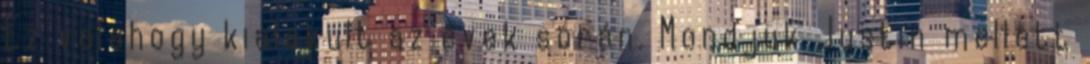
Ez valahogy kialakult az évek során. Mondjuk Justin mellett